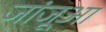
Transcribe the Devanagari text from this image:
जांजूआ